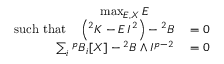
\begin{array} { r l } { \operatorname* { m a x } _ { E , X } { E } ~ ~ ~ ~ ~ ~ } & { { } } \\ { \mathrm { s u c h ~ t h a t ~ ~ ~ } \left( { } ^ { 2 } K - E \, I ^ { 2 } \right) - { } ^ { 2 } B } & { { } = 0 } \\ { \sum _ { i } { { } ^ { p } B _ { i } [ X ] } - { } ^ { 2 } B \wedge I ^ { p - 2 } } & { { } = 0 } \end{array}